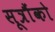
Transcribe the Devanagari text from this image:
सूत्रौंको